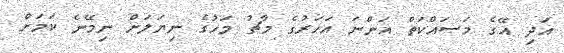
އަދި އޭގެ މަސައްކަތް އަންނަ އަހަރުގެ މާޗު މަހުގެ ނިޔަލަށް ނިމޭނެ ކަމަށް